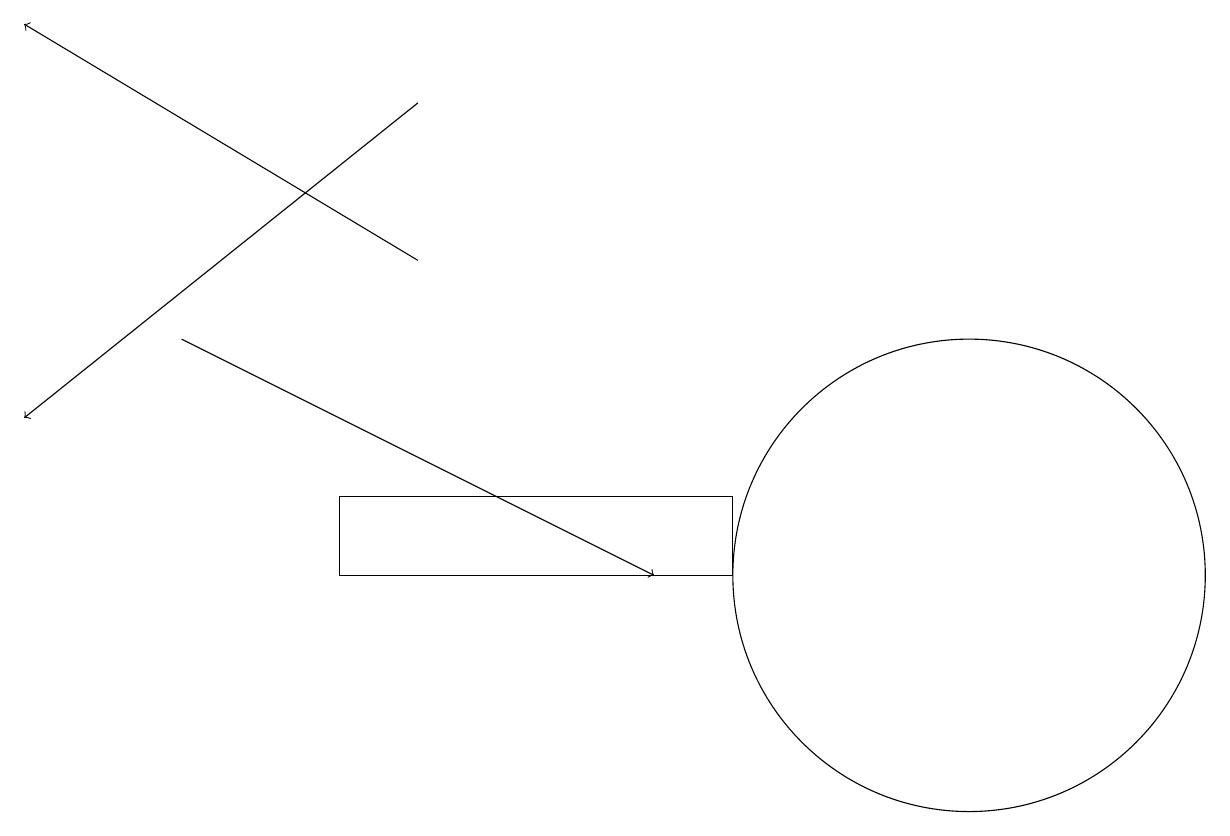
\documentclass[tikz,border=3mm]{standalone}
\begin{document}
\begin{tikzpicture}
\draw[->] (5,14) -- (0,17);
\draw[->] (5,16) -- (0,12);
\draw[->] (2,13) -- (8,10);
\draw (12,10) circle (3);
\draw (4,11) rectangle (9,10);
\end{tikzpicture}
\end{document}